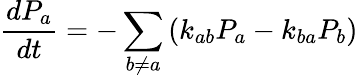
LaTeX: \frac{dP_{a}}{dt}=-\sum_{b\ne a}\left(k_{ab}P_{a}-k_{ba}P_{b}\right)